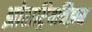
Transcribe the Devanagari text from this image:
झोराष्ट्रियनिझम